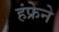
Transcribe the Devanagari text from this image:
हंफ्रेने